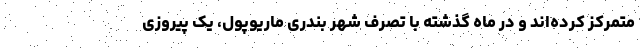
متمرکز کرده‌اند و در ماه گذشته با تصرف شهر بندری ماریوپول، یک پیروزی